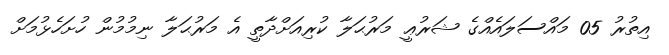
އިތުރު 05 މައްސަލައެއްގެ ޝަރުޢީ މަރުޙަލާ ކުރިއަށްދާތީ އެ މަރުޙަލާ ނިމުމުން ހުށަހެޅުމަށް